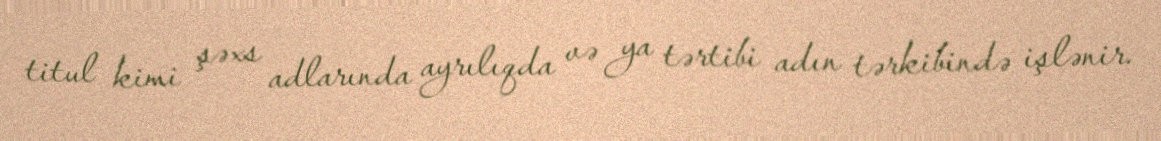
titul kimi şəxs adlarında ayrılıqda və ya tərtibi adın tərkibində işlənir.